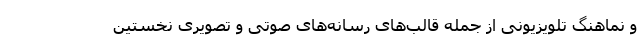
و نماهنگ تلویزیونی از جمله قالب‌های رسانه‌های صوتی و تصویری نخستین